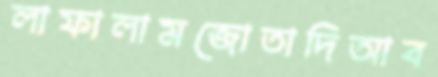
লাফালামজোতাদিআব